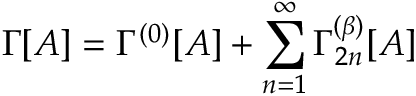
\Gamma [ A ] = \Gamma ^ { ( 0 ) } [ A ] + \sum _ { n = 1 } ^ { \infty } \Gamma _ { 2 n } ^ { ( \beta ) } [ A ]